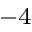
^ { - 4 }